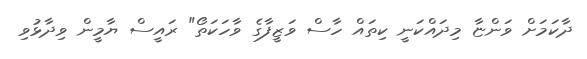
ދާކަމަށް ވަންޏާ މިދައްކަނީ ކިތައް ހާސް ވަޒީފާގެ ވާހަކަތޯ" ރައީސް ޔާމީން ވިދާޅުވި